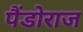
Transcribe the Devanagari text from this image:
पैंडोराज